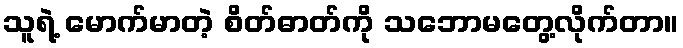
သူရဲ့ မောက်မာတဲ့ စိတ်ဓာတ်ကို သဘောမတွေ့လိုက်တာ။